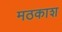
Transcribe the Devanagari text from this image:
मठकाश